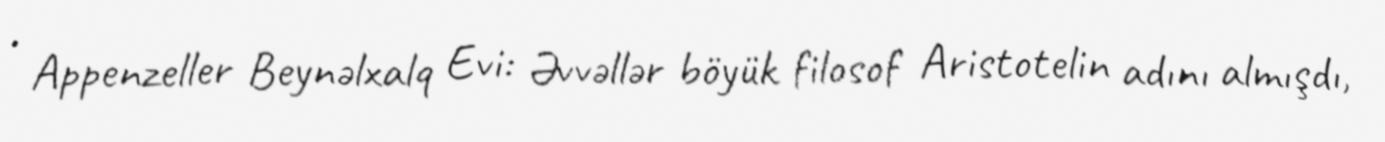
• Appenzeller Beynəlxalq Evi: Əvvəllər böyük filosof Aristotelin adını almışdı,